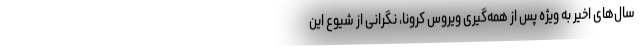
سال‌های اخیر به ویژه پس از همه‌گیری ویروس کرونا، نگرانی از شیوع این